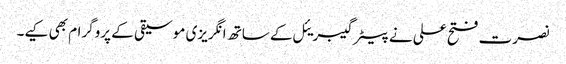
نصرت فتح علی نے پیٹر گیبریئل کے ساتھ انگریزی موسیقی کے پروگرام بھی کیے۔